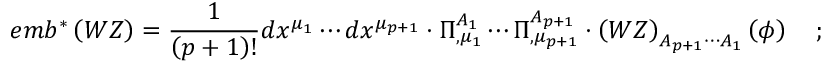
e m b ^ { * } \left( W Z \right) = \frac 1 { \left( p + 1 \right) ! } d x ^ { \mu _ { 1 } } \cdots d x ^ { \mu _ { p + 1 } } \cdot \Pi _ { , \mu _ { 1 } } ^ { A _ { 1 } } \cdots \Pi _ { , \mu _ { p + 1 } } ^ { A _ { p + 1 } } \cdot \left( W Z \right) _ { A _ { p + 1 } \cdots A _ { 1 } } \left( \phi \right) \quad ;